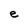
Character: e